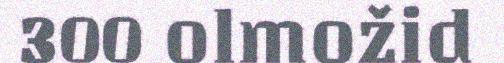
300 olmožid